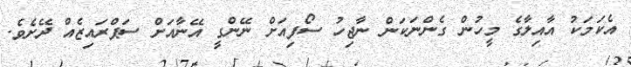
އެކަމަކު އާއިލާގެ މީހުން ގެންނަކަން ނާޖިހު ސޯފިއަށް ނޭންގީ އޭނާއަށް ސަޕްރައިޒެއް ދޭށެވެ.